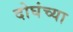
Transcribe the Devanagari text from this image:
दोघंच्या